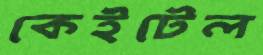
কেইটেল